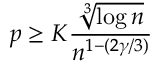
p \ge K \frac { \sqrt [ 3 ] { \log n } } { n ^ { 1 - ( 2 \gamma / 3 ) } }